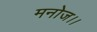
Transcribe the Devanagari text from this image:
मनोज।।